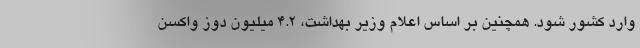
وارد کشور شود. همچنین بر اساس اعلام وزیر بهداشت، ۴.۲ میلیون دوز واکسن